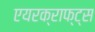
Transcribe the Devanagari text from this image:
एयरक्राफ्ट्स